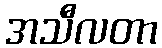
အသီလတာ